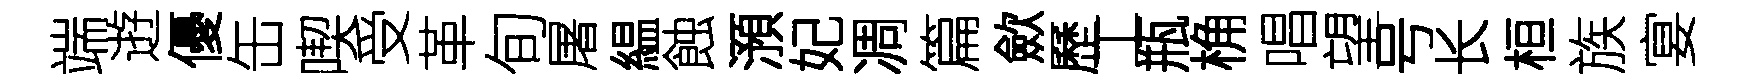
端逰優缶喫受革旬屠緼蝕澦妃凋篇歛歷工瓶桷唱望号长桓族宴